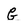
Character: G